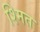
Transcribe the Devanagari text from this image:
श्मित